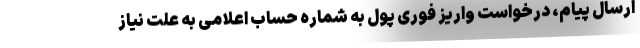
ارسال پیام، درخواست واریز فوری پول به شماره حساب اعلامی به علت نیاز